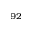
^ { 9 2 }